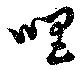
唱